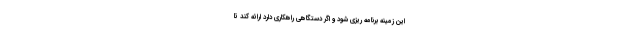
این زمینه برنامه ریزی شود و اگر دستگاهی راهکاری دارد ارائه کند تا